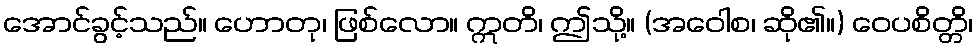
အောင်ခွင့်သည်။ ဟောတု၊ ဖြစ်လော။ ဣတိ၊ ဤသို့။ (အဝေါစ၊ ဆို၏။) ဝေပစိတ္တိ၊